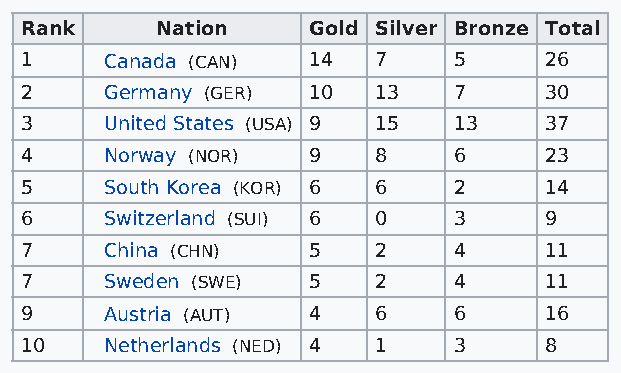
Rank     Nation    Gold Silver Bronze Total
 1     Canada (CAN) 14   7    5     26
 2     Germany (GER) 10  13   7     30
 3     United States (USA) 9 15 13  37
 4     Norway (NOR) 9    8    6     23
 5     South Korea (KOR) 6 6  2     14
 6     Switzerland (SUI) 6 0  3     9
 7     China (CHN)  5    2    4     11
 7     Sweden (SWE) 5    2    4     11
 9     Austria (AUT) 4   6    6     16
 10    Netherlands (NED) 4 1  3     8